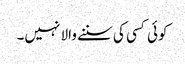
کوئی کسی کی سننے والا نہیں۔